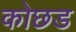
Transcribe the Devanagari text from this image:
कोछड